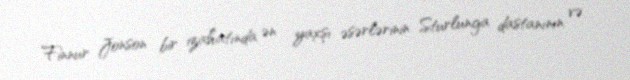
Finnur Jonson bir izahatında ən yaxşı əsərlərinin Sturlunga dastanının və